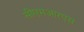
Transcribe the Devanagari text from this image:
सीएमआरएस